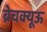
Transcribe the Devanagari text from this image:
ब्रेचक्यूऊ